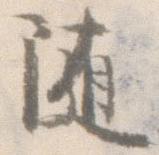
随